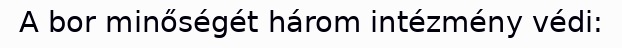
A bor minőségét három intézmény védi: